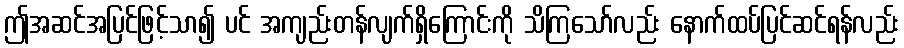
ဤအဆင်အပြင်ဖြင့်သာ၍ ပင် အကျည်းတန်လျက်ရှိကြောင်းကို သိကြသော်လည်း နောက်ထပ်ပြင်ဆင်ရန်လည်း